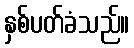
နှစ်ပတ်ခံသည်။